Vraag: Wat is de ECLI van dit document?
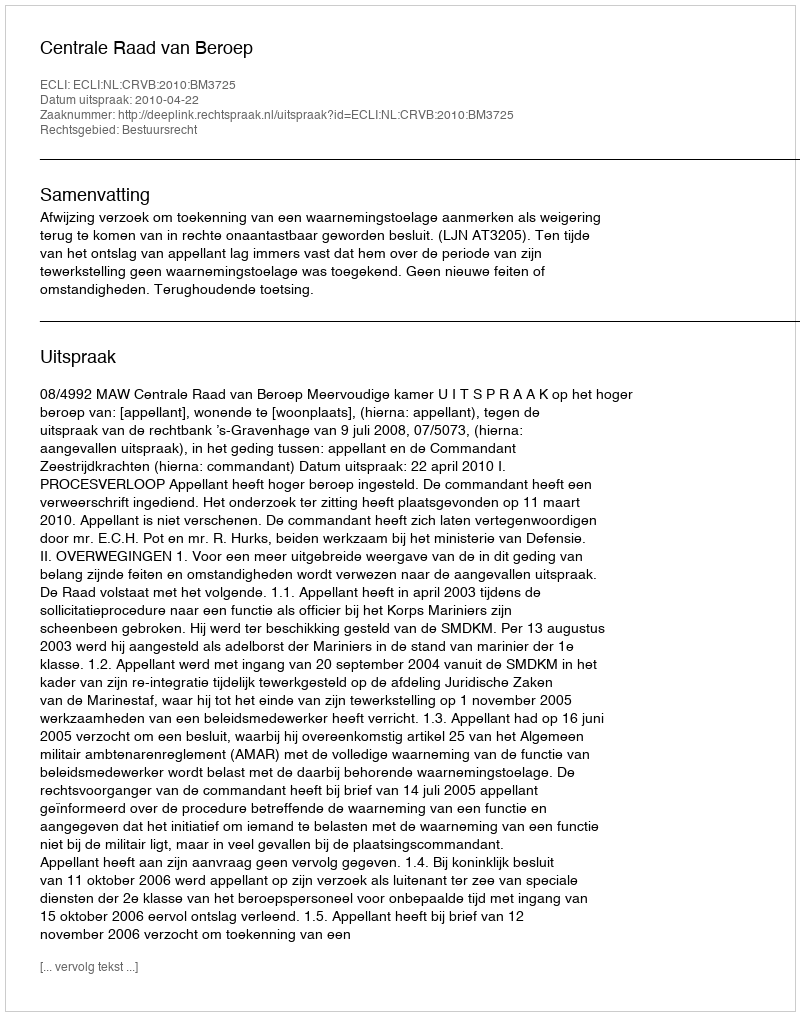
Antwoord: ECLI:NL:CRVB:2010:BM3725